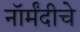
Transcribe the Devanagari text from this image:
नॉर्मंदीचे